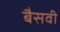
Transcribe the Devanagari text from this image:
बैसवी